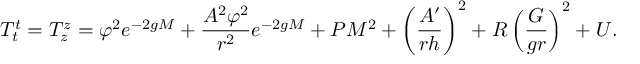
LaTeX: T _ { t } ^ { t } = T _ { z } ^ { z } = \varphi ^ { 2 } e ^ { - 2 g M } + \frac { A ^ { 2 } \varphi ^ { 2 } } { r ^ { 2 } } e ^ { - 2 g M } + { \cal P } M ^ { 2 } + \left( \frac { A ^ { \prime } } { r h } \right) ^ { 2 } + { \cal R } \left( \frac { G } { g r } \right) ^ { 2 } + U .